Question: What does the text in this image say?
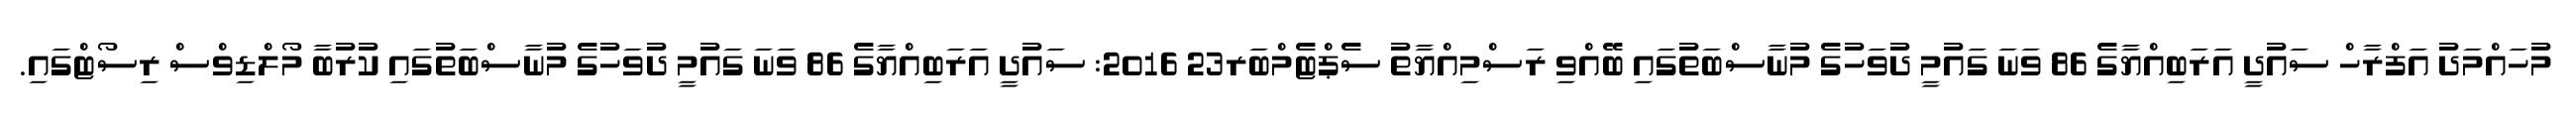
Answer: މުހައްމަދު އަފްރާހް ސައުދީ އަރަބިއްޔާގެ 86 ވަނަ ގައުމީ ދުވަހުގެ މުނާސްބަތުގައި ބޭއްވި ރަސްމިއްޔާތު ސެޕްޓެމްބަރ23 2016: ސައުދީ އަރަބިއްޔާގެ 86 ވަނަ ގައުމީ ދުވަހުގެ މުނާސްބަތުގައި ކުރުބާ މޯލްޑިވްސް ރިސޯޓްގައި.